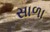
સાળા